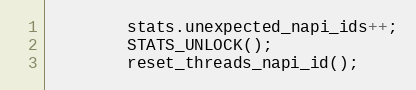
Language: C
        stats.unexpected_napi_ids++;
        STATS_UNLOCK();
        reset_threads_napi_id();